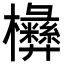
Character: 㰘